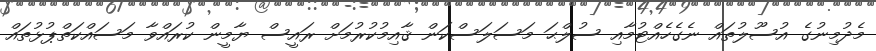
މެދުމިނުގެ އުސޫލުތައް ނެގެހެއްޓުމާއި ސުލްޙަ މަސަލަސްކަން ޤާއިމުކުރުމަށް ރައީސް ޔާމީން ކުރައްވާ މަސައްކަތްޕުޅުތައް